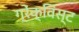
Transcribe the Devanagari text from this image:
ग्रेंक्विस्ट